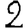
Digit: 2